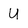
Character: U